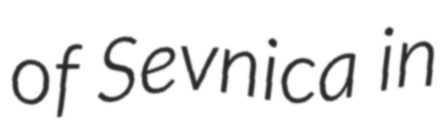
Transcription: of Sevnica in